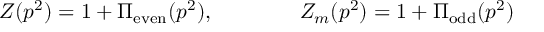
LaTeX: Z ( p ^ { 2 } ) = 1 + \Pi _ { \mathrm { e v e n } } ( p ^ { 2 } ) , \qquad \qquad Z _ { m } ( p ^ { 2 } ) = 1 + \Pi _ { \mathrm { o d d } } ( p ^ { 2 } )